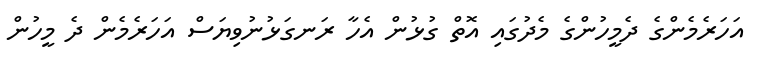
އަހަރެމެންގެ ދެމީހުންގެ މެދުގައި އޮތް ގުޅުން އެހާ ރަނގަޅުނުވިޔަސް އަހަރެމެން ދެ މީހުން